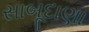
સાબૂદાણા